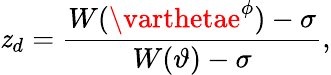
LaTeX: \mathit{z}_{d}=\frac{{W(\varthetae^{\phi})-\sigma}}{{W(\vartheta)-\sigma}},